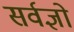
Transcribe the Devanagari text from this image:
सर्वज्ञो